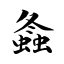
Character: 螽